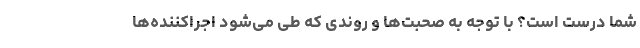
شما درست است؟ با توجه به صحبت‌ها و روندی که طی می‌شود اجراکننده‌ها